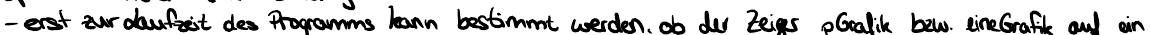
- erst zur Laufzeit des Programms kann bestimmt werden, ob der Zeiger pGrafik bzw. eineGrafik auf ein